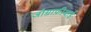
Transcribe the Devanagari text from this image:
जोग़्राफ़ीयाई